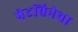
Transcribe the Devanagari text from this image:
पेटविनेचा